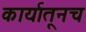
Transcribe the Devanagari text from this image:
कार्यातूनच